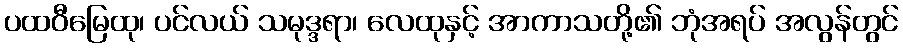
ပထဝီမြေထု၊ ပင်လယ် သမုဒ္ဒရာ၊ လေထုနှင့် အာကာသတို့၏ ဘုံအရပ် အလွန်တွင်